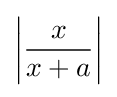
\left|{\frac {x}{x+a}}\right|